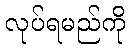
လုပ်ရမည်ကို